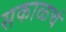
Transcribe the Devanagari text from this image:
सकाळचं